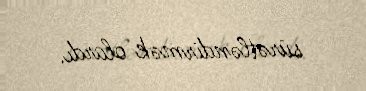
sürətləndirmək olardı.